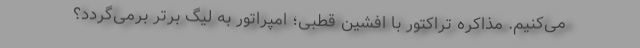
می‌کنیم. مذاکره تراکتور با افشین قطبی؛ امپراتور به لیگ برتر برمی‌گردد؟